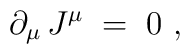
\partial_\mu\,J^\mu \;=\; 0~,